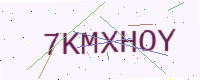
Text: 7KMXHOY